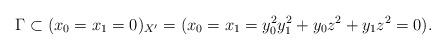
LaTeX: \begin{align*}\Gamma \subset (x_0 = x_1 = 0)_{X'} = (x_0 = x_1 = y_0^2 y_1^2 + y_0 z^2 + y_1 z^2 = 0).\end{align*}